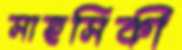
সাহসিকী